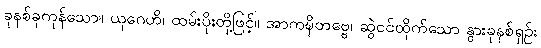
ခုနစ်ခုကုန်သော။ ယုဂေဟိ၊ ထမ်းပိုးတို့ဖြင့်။ အာကဍ္ဎိတဗ္ဗေ၊ ဆွဲငင်ထိုက်သော နွားခုနစ်ရှဉ်း